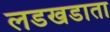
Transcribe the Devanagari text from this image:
लडखडाता